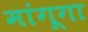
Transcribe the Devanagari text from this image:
मांगूगा